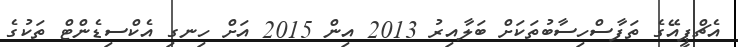
އެޗްޕީއޭގެ ތަފާސްހިސާބުތަކަށް ބަލާއިރު 2013 އިން 2015 އަށް ހިނގި އެކްސިޑެންޓް ތަކުގެ